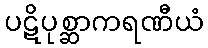
ပဋိပုစ္ဆာကရဏီယံ